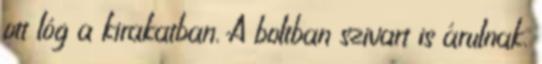
ott lóg a kirakatban. A boltban szivart is árulnak.